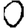
Digit: 0